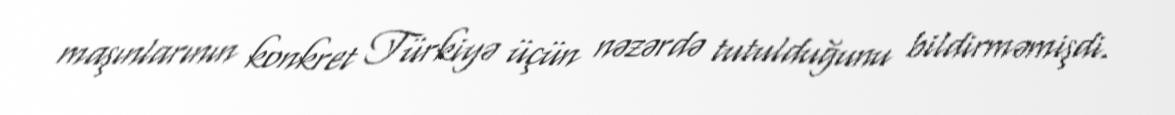
maşınlarının konkret Türkiyə üçün nəzərdə tutulduğunu bildirməmişdi.